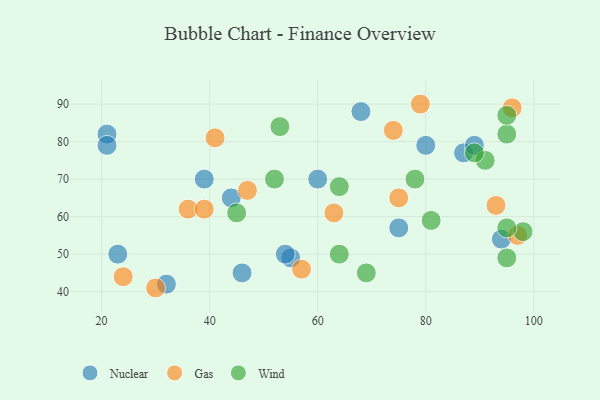
{"axis": {"x": "GDP", "y": "Life Expectancy"}, "legend": ["Gas", "Nuclear", "Wind"], "data": [{"x": "46", "y": 45, "type": "Nuclear"}, {"x": "94", "y": 54, "type": "Nuclear"}, {"x": "23", "y": 50, "type": "Nuclear"}, {"x": "55", "y": 49, "type": "Nuclear"}, {"x": "87", "y": 77, "type": "Nuclear"}, {"x": "89", "y": 79, "type": "Nuclear"}, {"x": "21", "y": 82, "type": "Nuclear"}, {"x": "68", "y": 88, "type": "Nuclear"}, {"x": "60", "y": 70, "type": "Nuclear"}, {"x": "80", "y": 79, "type": "Nuclear"}, {"x": "75", "y": 57, "type": "Nuclear"}, {"x": "39", "y": 70, "type": "Nuclear"}, {"x": "21", "y": 79, "type": "Nuclear"}, {"x": "54", "y": 50, "type": "Nuclear"}, {"x": "44", "y": 65, "type": "Nuclear"}, {"x": "32", "y": 42, "type": "Nuclear"}, {"x": "97", "y": 55, "type": "Gas"}, {"x": "93", "y": 63, "type": "Gas"}, {"x": "79", "y": 90, "type": "Gas"}, {"x": "41", "y": 81, "type": "Gas"}, {"x": "30", "y": 41, "type": "Gas"}, {"x": "63", "y": 61, "type": "Gas"}, {"x": "47", "y": 67, "type": "Gas"}, {"x": "57", "y": 46, "type": "Gas"}, {"x": "74", "y": 83, "type": "Gas"}, {"x": "36", "y": 62, "type": "Gas"}, {"x": "39", "y": 62, "type": "Gas"}, {"x": "24", "y": 44, "type": "Gas"}, {"x": "96", "y": 89, "type": "Gas"}, {"x": "75", "y": 65, "type": "Gas"}, {"x": "78", "y": 70, "type": "Wind"}, {"x": "95", "y": 82, "type": "Wind"}, {"x": "45", "y": 61, "type": "Wind"}, {"x": "91", "y": 75, "type": "Wind"}, {"x": "64", "y": 50, "type": "Wind"}, {"x": "98", "y": 56, "type": "Wind"}, {"x": "95", "y": 57, "type": "Wind"}, {"x": "95", "y": 87, "type": "Wind"}, {"x": "52", "y": 70, "type": "Wind"}, {"x": "64", "y": 68, "type": "Wind"}, {"x": "53", "y": 84, "type": "Wind"}, {"x": "69", "y": 45, "type": "Wind"}, {"x": "81", "y": 59, "type": "Wind"}, {"x": "95", "y": 49, "type": "Wind"}, {"x": "89", "y": 77, "type": "Wind"}]}